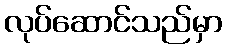
လုပ်ဆောင်သည်မှာ